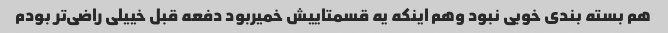
هم بسته بندی خوبی نبود وهم اینکه یه قسمتاییش خمیربود دفعه قبل خییلی راضی‌تر بودم